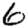
Digit: 6